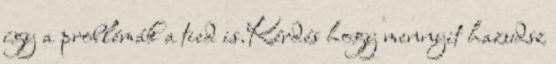
így a problémák a tied is.Kérdés hogy mennyit hazudsz